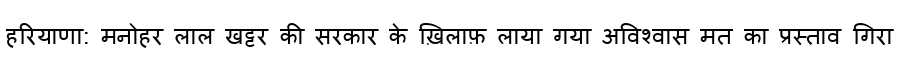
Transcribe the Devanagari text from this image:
हरियाणा: मनोहर लाल खट्टर की सरकार के ख़िलाफ़ लाया गया अविश्वास मत का प्रस्ताव गिरा